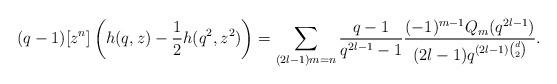
LaTeX: \begin{align*}(q-1)[z^n]\left(h(q,z)-\frac12 h(q^2,z^2)\right)=\sum_{(2l-1)m=n}\frac{q-1}{q^{2l-1}-1}\frac{(-1)^{m-1}Q_m(q^{2l-1})}{(2l-1)q^{(2l-1)\binom{d}{2}}}.\end{align*}